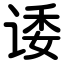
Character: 诿